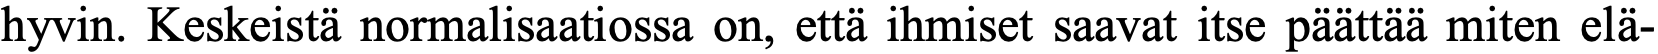
hyvin. Keskeistä normalisaatiossa on, että ihmiset saavat itse päättää miten elä-